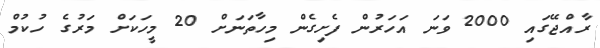
ރާއްޖޭގައި 2000 ވަނަ އަހަރުން ފެށިގެން މިހާތަނަށް 20 މީހަކަށް މަރުގެ ހުކުމް